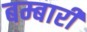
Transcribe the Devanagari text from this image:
बम्बारी